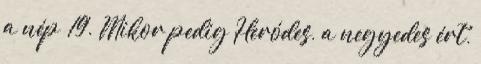
a nép− 19. Mikor pedig Heródes, a negyedes ért,